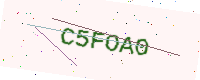
Text: C5FOA0